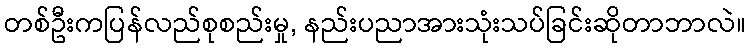
တစ်ဦးကပြန်လည်စုစည်းမှု, နည်းပညာအားသုံးသပ်ခြင်းဆိုတာဘာလဲ။